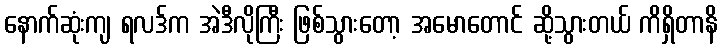
နောက်ဆုံးကျ ရလဒ်က အဲဒီလိုကြီး ဖြစ်သွားတော့ အမောတောင် ဆို့သွားတယ် ကိရှိတာနိ